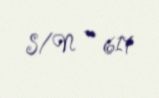
S/N — 617